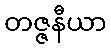
တဇ္ဇနီယာ